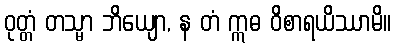
ဝုတ္တံ တသ္မာ ဘိယျော, န တံ ဣဓ ဝိစာရယိဿာမိ။